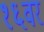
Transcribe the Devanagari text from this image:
१६वर